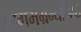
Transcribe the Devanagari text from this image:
आगमग्रन्थनिष्ठे